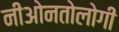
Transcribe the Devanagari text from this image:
नीओनतोलोगी